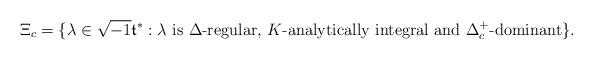
LaTeX: \begin{align*}\Xi_c=\{\lambda\in \sqrt{-1}\frak{t}^*: \lambda\textrm{ is }\Delta\textrm{-regular, }K\textrm{-analytically integral and }\Delta_c^+\textrm{-dominant}\}.\end{align*}